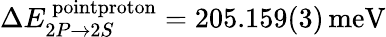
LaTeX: \Delta E_{2P\rightarrow 2S}^{\, \textrm{pointproton}}=205.159(3)\, \textrm{meV}